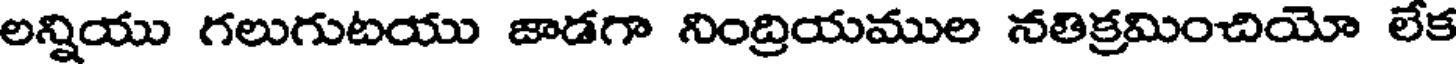
లన్నియు గలుగుటయు జాడగా నింద్రియముల నతిక్రమించియో లేక